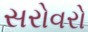
સરોવરો